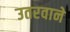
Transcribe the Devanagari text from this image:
उतरवाने